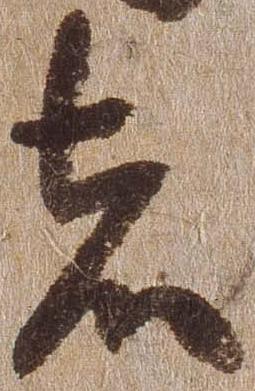
者